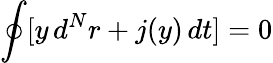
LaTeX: \oint[y\, d^{N}r+j(y)\, dt]=0